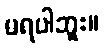
မရပါဘူး။